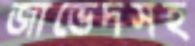
জাভেদসহ